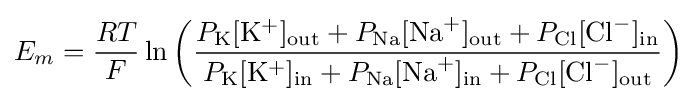
E_{m}={\frac {RT}{F}}\ln {\left({\frac {P_{\mathrm {K} }[\mathrm {K} ^{+}]_{\mathrm {out} }+P_{\mathrm {Na} }[\mathrm {Na} ^{+}]_{\mathrm {out} }+P_{\mathrm {Cl} }[\mathrm {Cl} ^{-}]_{\mathrm {in} }}{P_{\mathrm {K} }[\mathrm {K} ^{+}]_{\mathrm {in} }+P_{\mathrm {Na} }[\mathrm {Na} ^{+}]_{\mathrm {in} }+P_{\mathrm {Cl} }[\mathrm {Cl} ^{-}]_{\mathrm {out} }}}\right)}